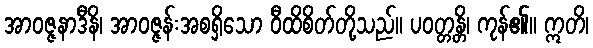
အာဝဇ္ဇနာဒီနိ၊ အာဝဇ္ဇန်းအစရှိသော ဝီထိစိတ်တို့သည်။ ပဝတ္တန္တိ၊ ကုန်၏။ ဣတိ၊